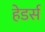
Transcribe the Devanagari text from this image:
हेडर्स